Scottish Certificate of Education, 1963
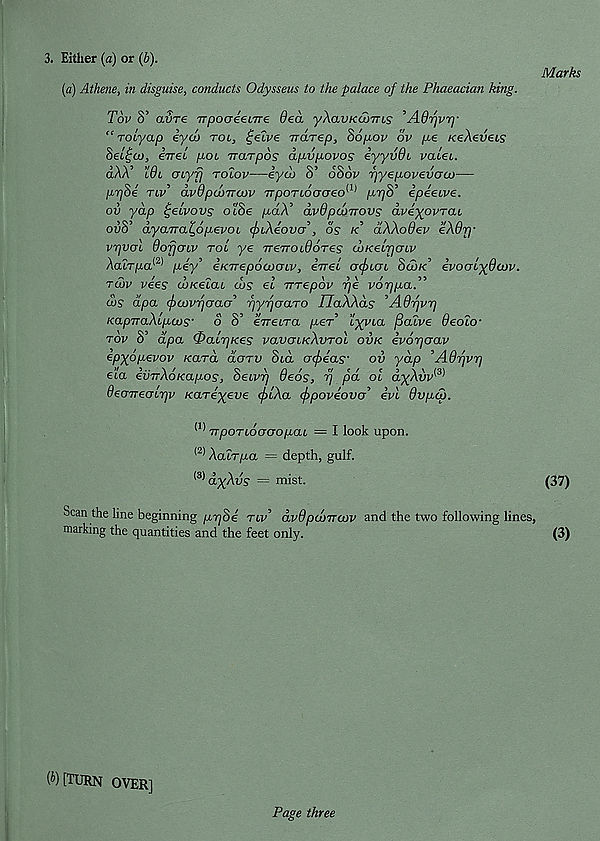
3. Either (a) or (b).
(a) Athene, in disguise, conducts Odysseus to the palace of the Phaeacian king.
Tov S’ aure TTpooeenre ded yXavKdjTrus ^AOfjvry
“ roiyap eyoj tol, £elve rrarep, Sopov ov pe KeAevees
Seltjcu, eTrei pot varpos dpvpovos iyyvdt valet.
aAA’ i9t crtyfj rotov—eyai S’ 686v fjyepovevoa)—
prjSe tlv’ dvOpcoTTCov TrpoTLoacreo^' 1 prjS’ ipeetve.
ov yap Igeivovs otSe paX 1 dvdpcoTTOVs dveyovrai
ovS’ dyaiTa^opevoL (f>tXeov<7 , , os k dXXoOev eX9rp
vTjvoi 9ofjatv tol ye TTeTrotdoTes coKelpcnv
Aatrya 1 ' 21 pey’ eKTrepococrtv, evel ofncn 8u)k ivoaly9cov.
to)v vees (jOKelai ths el Ttrepov fje vorjpa.”
cos dpa cfxnvfjaaa^ pyr/aaTO IlaXXds ^A9fjvrj
KapTraXipcos' o S’ eWira per’ ’lyyta fialve 9eoto-
tov S’ dpa 0alr]Kes vavoiKXvTol ovk evorjaav
epyopevov /cara doTV 8lcl cr<f>eas' ov yap ’A9fjvrj
eta evTrXoKapos, SeLvrj 9e6s, 17 pd ol dyXvv^
deaTTealrjv KaTeyeve cflXa fpoveova’ evl 9vpa>.
(1 * TtpoTLoacropai = I look upon.
(2) XaiTpa = depth, gulf.
^ dyXvs = mist.
Marks
(37)
Scan the line beginning
tlv’ dv9p(!nroov and the two following lines,
marking the quantities and the feet only.
(3)
W [turn over]
Page three